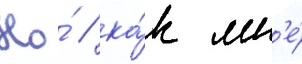
Но́ / ка́к мн'е́